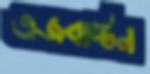
এজবাস্টন